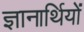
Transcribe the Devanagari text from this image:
ज्ञानार्थियों